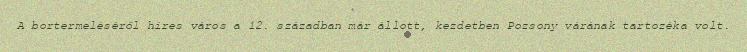
A bortermeléséről híres város a 12. században már állott, kezdetben Pozsony várának tartozéka volt.